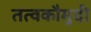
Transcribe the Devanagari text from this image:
तत्‍वकौमुदी